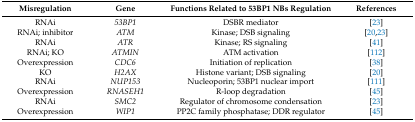
<table><thead><tr><td><b>Misregulation</b></td><td><b>Gene</b></td><td><b>Functions Related to 53BP1 NBs Regulation</b></td><td><b>References</b></td></tr></thead><tbody><tr><td>RNAi</td><td><i>53BP1</i></td><td>DSBR mediator</td><td>[23]</td></tr><tr><td>RNAi; inhibitor</td><td><i>ATM</i></td><td>Kinase; DSB signaling </td><td>[20,23]</td></tr><tr><td>RNAi</td><td><i>ATR</i></td><td>Kinase; RS signaling </td><td>[41]</td></tr><tr><td>RNAi; KO</td><td><i>ATMIN</i></td><td>ATM activation </td><td>[112]</td></tr><tr><td>Overexpression</td><td><i>CDC6</i></td><td>Initiation of replication </td><td>[38]</td></tr><tr><td>KO</td><td><i>H2AX</i></td><td>Histone variant; DSB signaling </td><td>[20]</td></tr><tr><td>RNAi</td><td><i>NUP153</i></td><td>Nucleoporin; 53BP1 nuclear import</td><td>[111]</td></tr><tr><td>Overexpression</td><td><i>RNASEH1</i></td><td>R-loop degradation </td><td>[45]</td></tr><tr><td>RNAi</td><td><i>SMC2</i></td><td>Regulator of chromosome condensation </td><td>[23]</td></tr><tr><td>Overexpression</td><td><i>WIP1</i></td><td>PP2C family phosphatase; DDR regulator </td><td>[45]</td></tr></tbody></table>